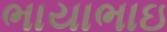
ભાયાભાઇ